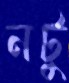
নটু